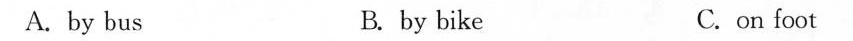
A. by bus B.by bike C. on foot